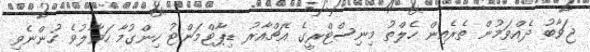
ޖަވާބު ދެއްވަމުން ތެރެއިން ހެލްތު މިނިސްޓްރީގެ އެޗްއާރު ޑިޕާޓްމަންޓު ހިންގުމާ ހަވާލުވެ ހުންނެވި